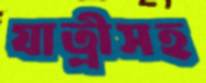
যাত্রীসহ